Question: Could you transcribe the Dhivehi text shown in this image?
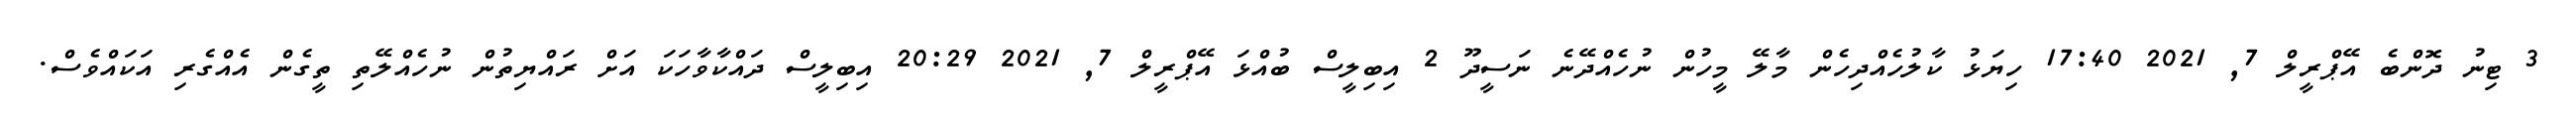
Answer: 3 ޓިނު ދޮންބެ އޭޕްރީލް 7, 2021 17:40 ހިޔަޅު ކާލުހެއްދިހެން މާލޭ މީހުން ނުހެއްދޭނެ ނަސީދޫ 2 އިބިލީސް ބުއްޅަ އޭޕްރީލް 7, 2021 20:29 އިބިލީސް ދައްކާވާހަކަ އަށް ރައްޔިތުން ނުހެއްލޭތި ތީގެން އެއްގެރި އަކައްވެސް.